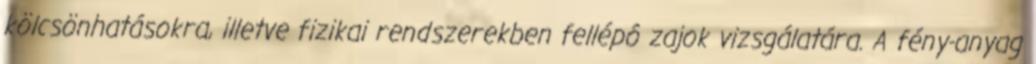
kölcsönhatásokra, illetve fizikai rendszerekben fellépô zajok vizsgálatára. A fény-anyag